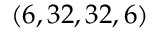
( 6 , 3 2 , 3 2 , 6 )